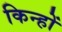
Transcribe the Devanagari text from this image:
किन्हों